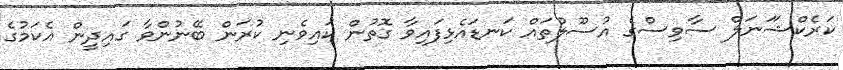
ކަރެކްޝަަނަލް ސާވިސްގެ އުސޫލުތައް ކަނޑައެޅިފައިވާ ގޮތުން ކައިވެނި ކުރަން ބޭނުންވާ ގައިދީން އެކަމުގެ